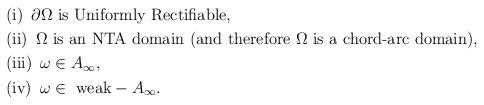
LaTeX: \begin{align*}&\mbox{(i)\, $\partial\Omega$ is Uniformly Rectifiable},\\&\mbox{(ii)\, $\Omega$ is an NTA domain (and therefore $\Omega$ is a chord-arc domain)},\\&\mbox{(iii)\, $\omega\in A_{\infty}$},\\&\mbox{(iv)\, $\omega\in\mbox{ weak}-A_{\infty}$}.\end{align*}